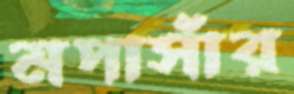
মপাসাঁর